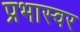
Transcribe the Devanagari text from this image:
प्रभास्वर